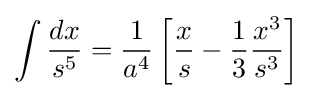
\int {\frac {dx}{s^{5}}}={\frac {1}{a^{4}}}\left[{\frac {x}{s}}-{\frac {1}{3}}{\frac {x^{3}}{s^{3}}}\right]